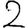
Digit: 2